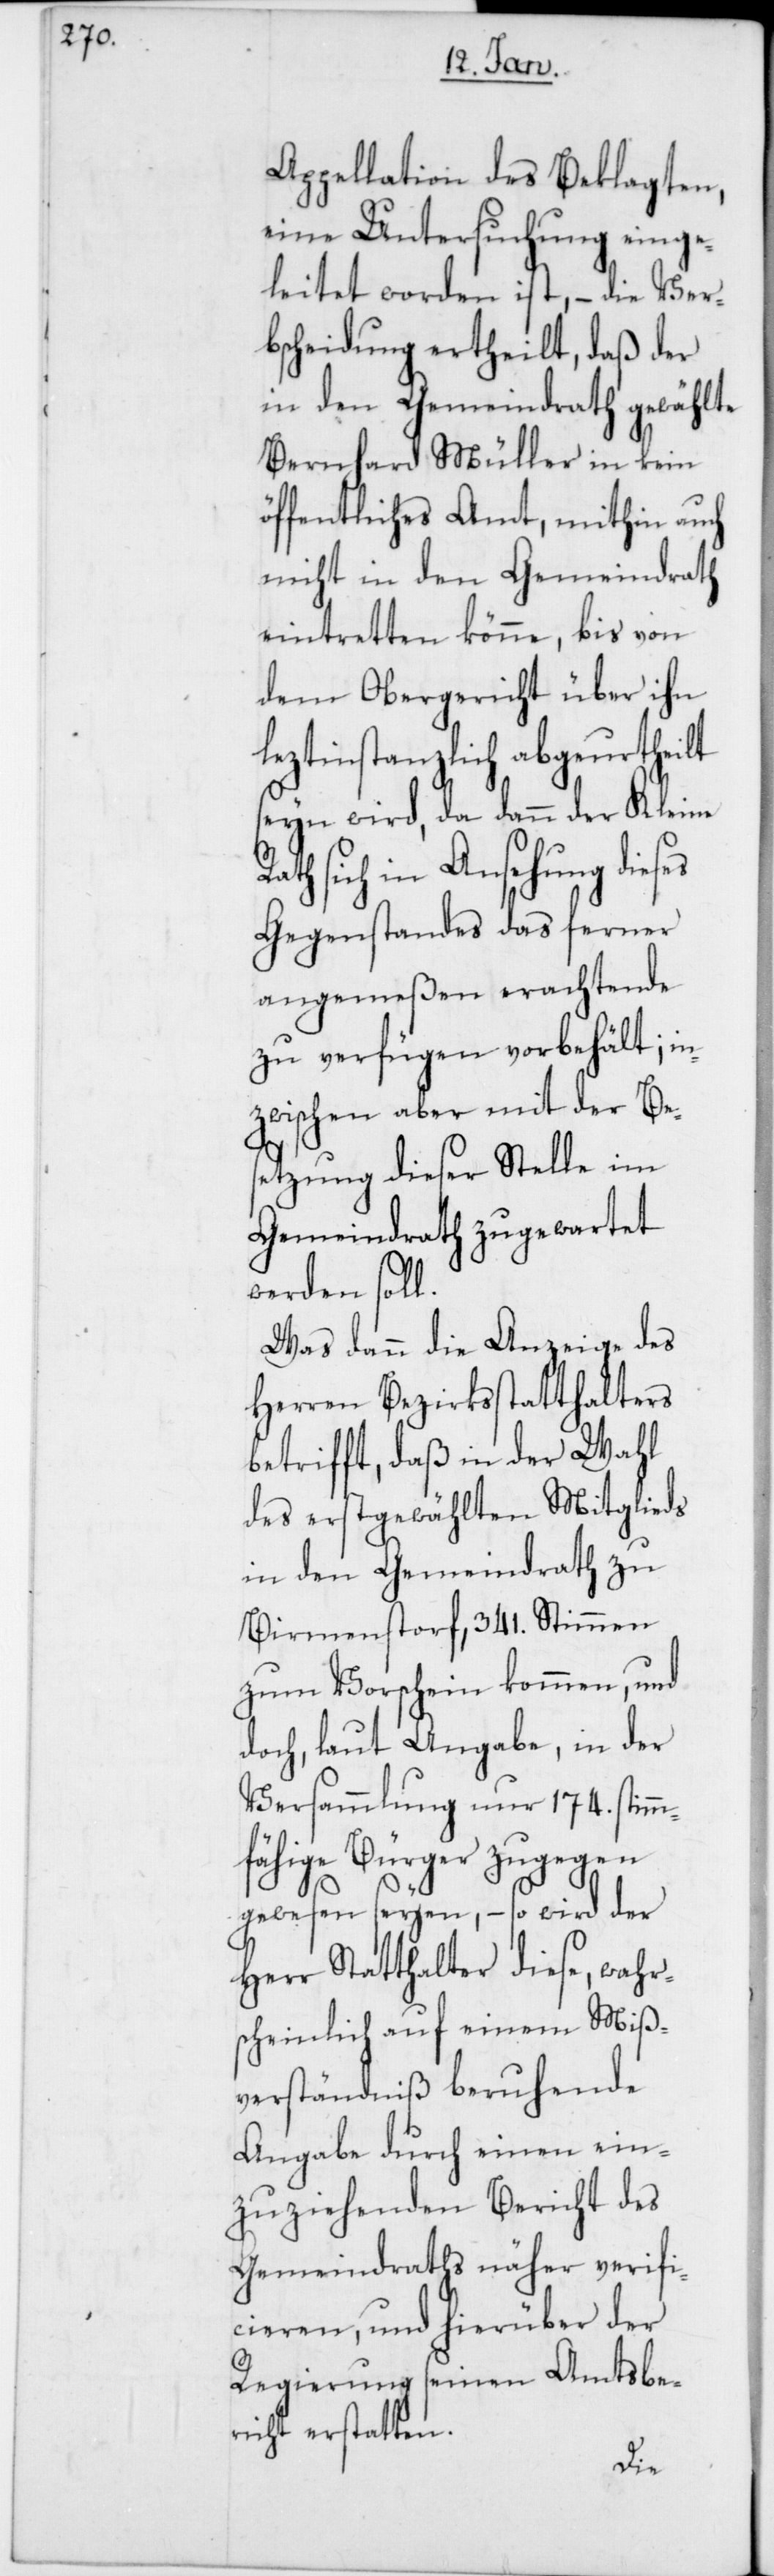
Appellation des Beklagten,
eine Untersuchung einge¬
leitet worden ist, – die Ver¬
bscheidung ertheilt, daß der
in den Gemeindrath gewählte
Bernhard Müller in kein
öffentliches Amt, mithin auch
nicht in den Gemeindrath
eintretten könne, bis von
dem Obergericht über ihn
leztinstanzlich abgeurtheilt
seyn wird, da dann der Kleine
sich in Ansehung dieses
Gegenstandes das ferner
angemeßen erachtende
zu verfügen vorbehält; in¬
zwischen aber mit der Be¬
setzung dieser Stelle im
Gemeindrath zugewartet
werden soll.
Was dann die Anzeige des
Herren Bezirksstatthalters
betrifft, daß in der Wahl
des erstgewählten Mitglieds
in den Gemeindrath zu
Birmenstorf, 341. Stimmen
zum Vorschein kommen, und
doch, laut Angabe, in der
Versammlung nur 174. stimm¬
fähige Bürger zugegen
gewesen seyen, – so wird der
Herr Statthalter diese wahr¬
scheinlich auf einem Miß¬
verständnis beruhende
Angabe durch einen ein¬
zuziehenden Bericht des
Gemeindraths näher verifi¬
cieren, und hierüber der
Regierung seinen Amtsbe¬
richt erstatten.